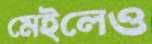
মেইলেও